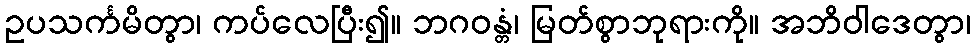
ဥပသင်္ကမိတွာ၊ ကပ်လေပြီး၍။ ဘဂဝန္တံ၊ မြတ်စွာဘုရားကို။ အဘိဝါဒေတွာ၊